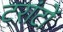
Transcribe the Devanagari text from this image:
टरांटों